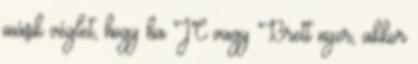
másik véglet, hogy ha JC vagy Brett nyer, akkor